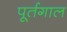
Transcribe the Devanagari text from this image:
पूर्तगाल